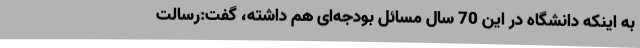
به اینکه دانشگاه در این 70 سال مسائل بودجه‌ای هم داشته، گفت:رسالت